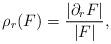
LaTeX: \begin{align*} \rho_r(F) = \frac{|\partial_r F|}{|F|}, \end{align*}